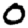
Digit: 0